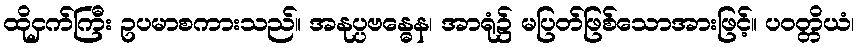
ထိုငှက်ကြီး ဥပမာစကားသည်။ အနုပ္ပဗန္ဓေန၊ အာရုံ၌ မပြတ်ဖြစ်သောအားဖြင့်။ ပဝတ္တိယံ၊